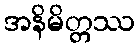
အနိမိတ္တဿ